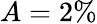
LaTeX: A=2\%